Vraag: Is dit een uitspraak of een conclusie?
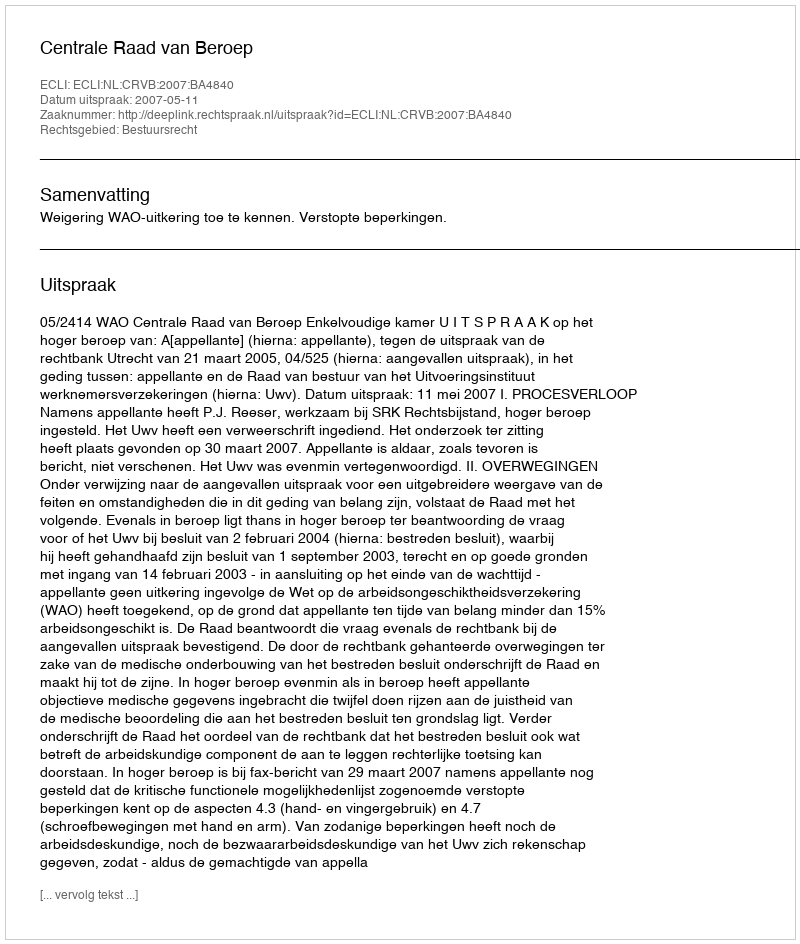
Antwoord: Uitspraak